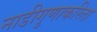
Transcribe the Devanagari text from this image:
नाडीगुणाकरिता